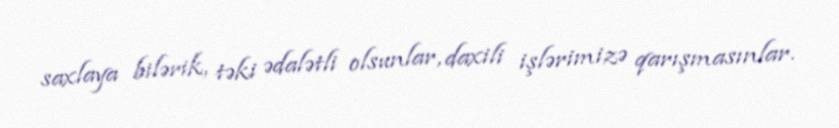
saxlaya bilərik, təki ədalətli olsunlar, daxili işlərimizə qarışmasınlar.